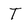
Character: T